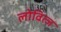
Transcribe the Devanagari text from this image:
लोवित्ज